Vaccination in Bombay 1924-1928 - 1924-1928
Year: 1924
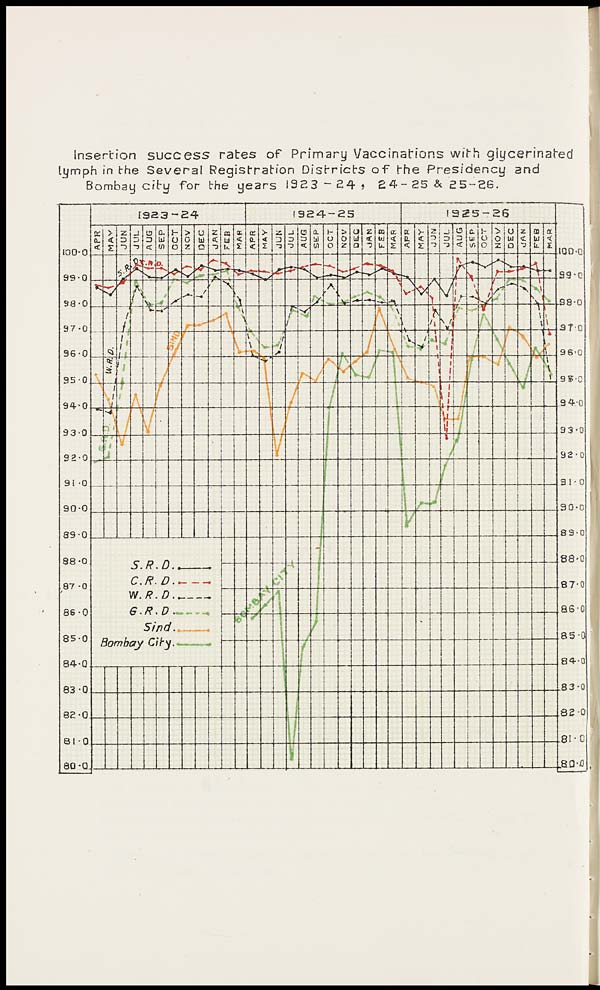
Insertion success rates of Primary Vaccinations with giycerinated
lymph in the Several Registration Districts of the Presidency and
Bombay city for the years 1923-24, 24-25 & 25-26.